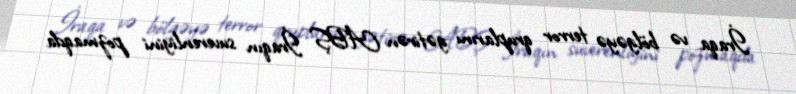
İraqa və bölgəyə terror qruplarını gətirən ABŞ İraqın suverenliyini pozmaqda